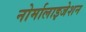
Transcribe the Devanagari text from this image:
नोर्मालाइजेशन